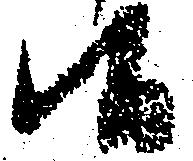
候